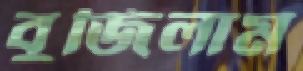
বুজিলাম